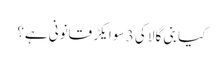
کیا بنی گالا کی 3 سو ایکڑ قانونی ہے؟